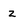
Character: Z